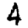
Digit: 4